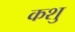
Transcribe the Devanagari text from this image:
कशु